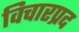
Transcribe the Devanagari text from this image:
विचारप्रद